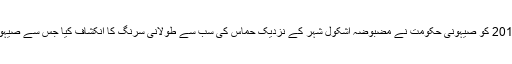
یہ ایسی حالت میں ہے کہ 19 اپریل 2016 کو صیہونی حکومت نے مضبوضہ اشکول شہر کے نزدیک حماس کی سب سے طولانی سرنگ کا انکشاف کیا جس سے صیہونی حکام کی تشویش میں اضافہ ہو گیا۔